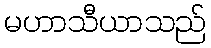
မဟာသီယာသည်